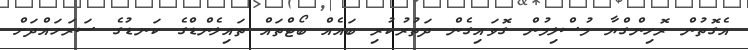
އެގޮތުން ރޮހިންގްޔާ މުސްލިމުން ގޮވައިގެން ދަތުރުކުރި ބައެއް ބޯޓްތައް ތައިލެންޑްގެ ކަނޑުގެ ސަރަހައްދަށް